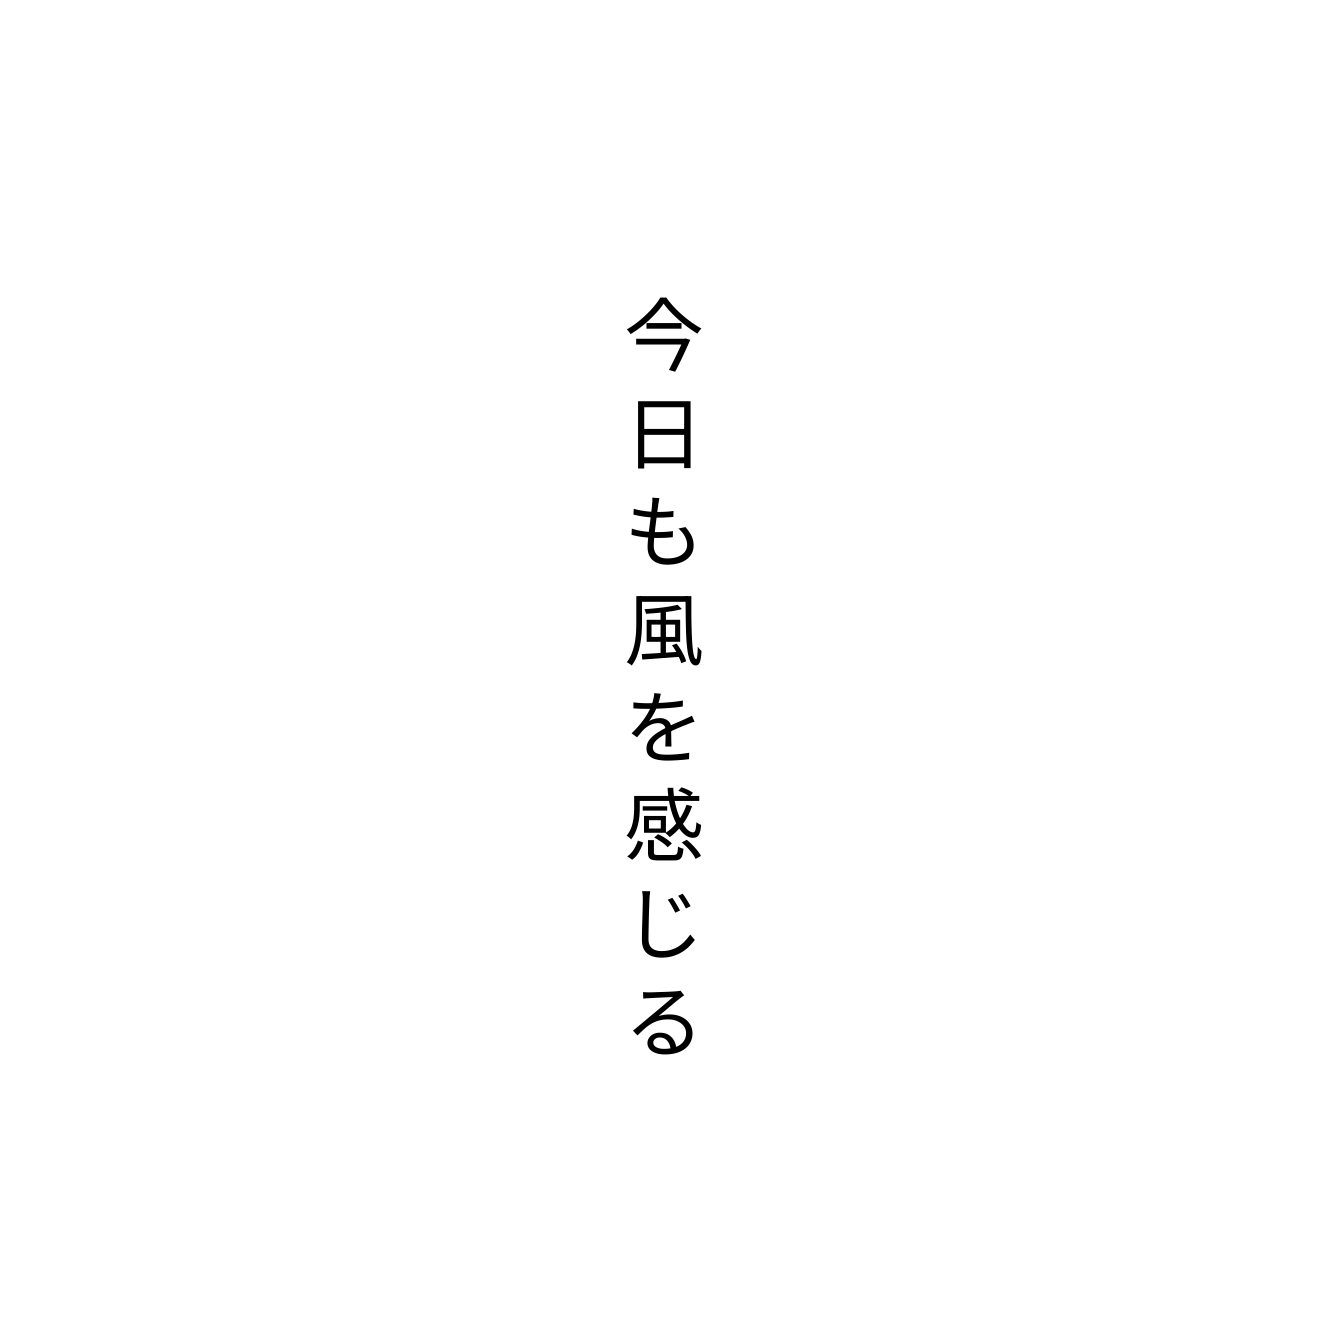
今日も風を感じる